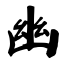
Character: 幽